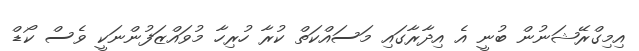
އިމިގްރޭޝަނުން ބުނީ އެ އިދާރާގައި މަސައްކަތް ކުރާ ހުރިހާ މުވައްޒަފުންނަކީ ވެސް ކޯޑް